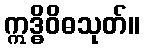
ဣဒ္ဓိဝိဓသုတ်။